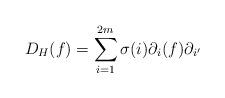
LaTeX: \begin{align*}D_H(f)=\sum_{i=1}^{2m}\sigma(i)\partial_i(f)\partial_{i'}\end{align*}